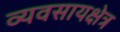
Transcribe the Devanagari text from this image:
व्यवसायक्षेत्र